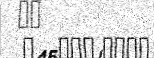
٤٤